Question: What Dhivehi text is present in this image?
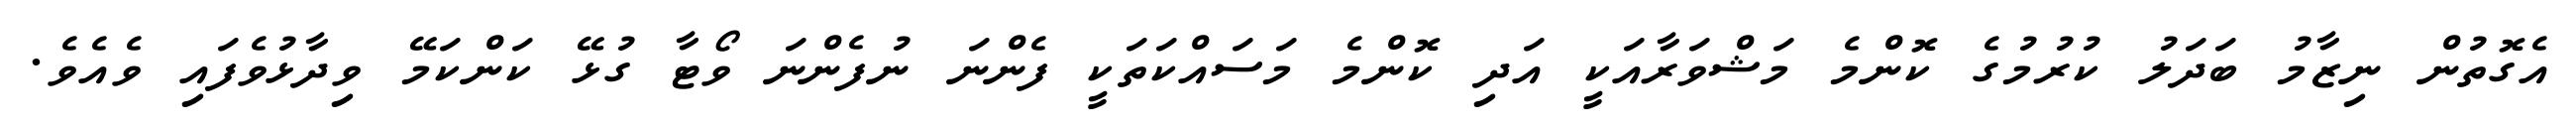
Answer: އެގޮތުން ނިޒާމު ބަދަލު ކުރުމުގެ ކޮންމެ މަޝްވަރާއަކީ އަދި ކޮންމެ މަސައްކަތަކީ ފެންނަ ނުފެންނަ ވޯޓާ ގުޅޭ ކަންކަމޭ ވިދާޅުވެފައި ވެއެވެ.